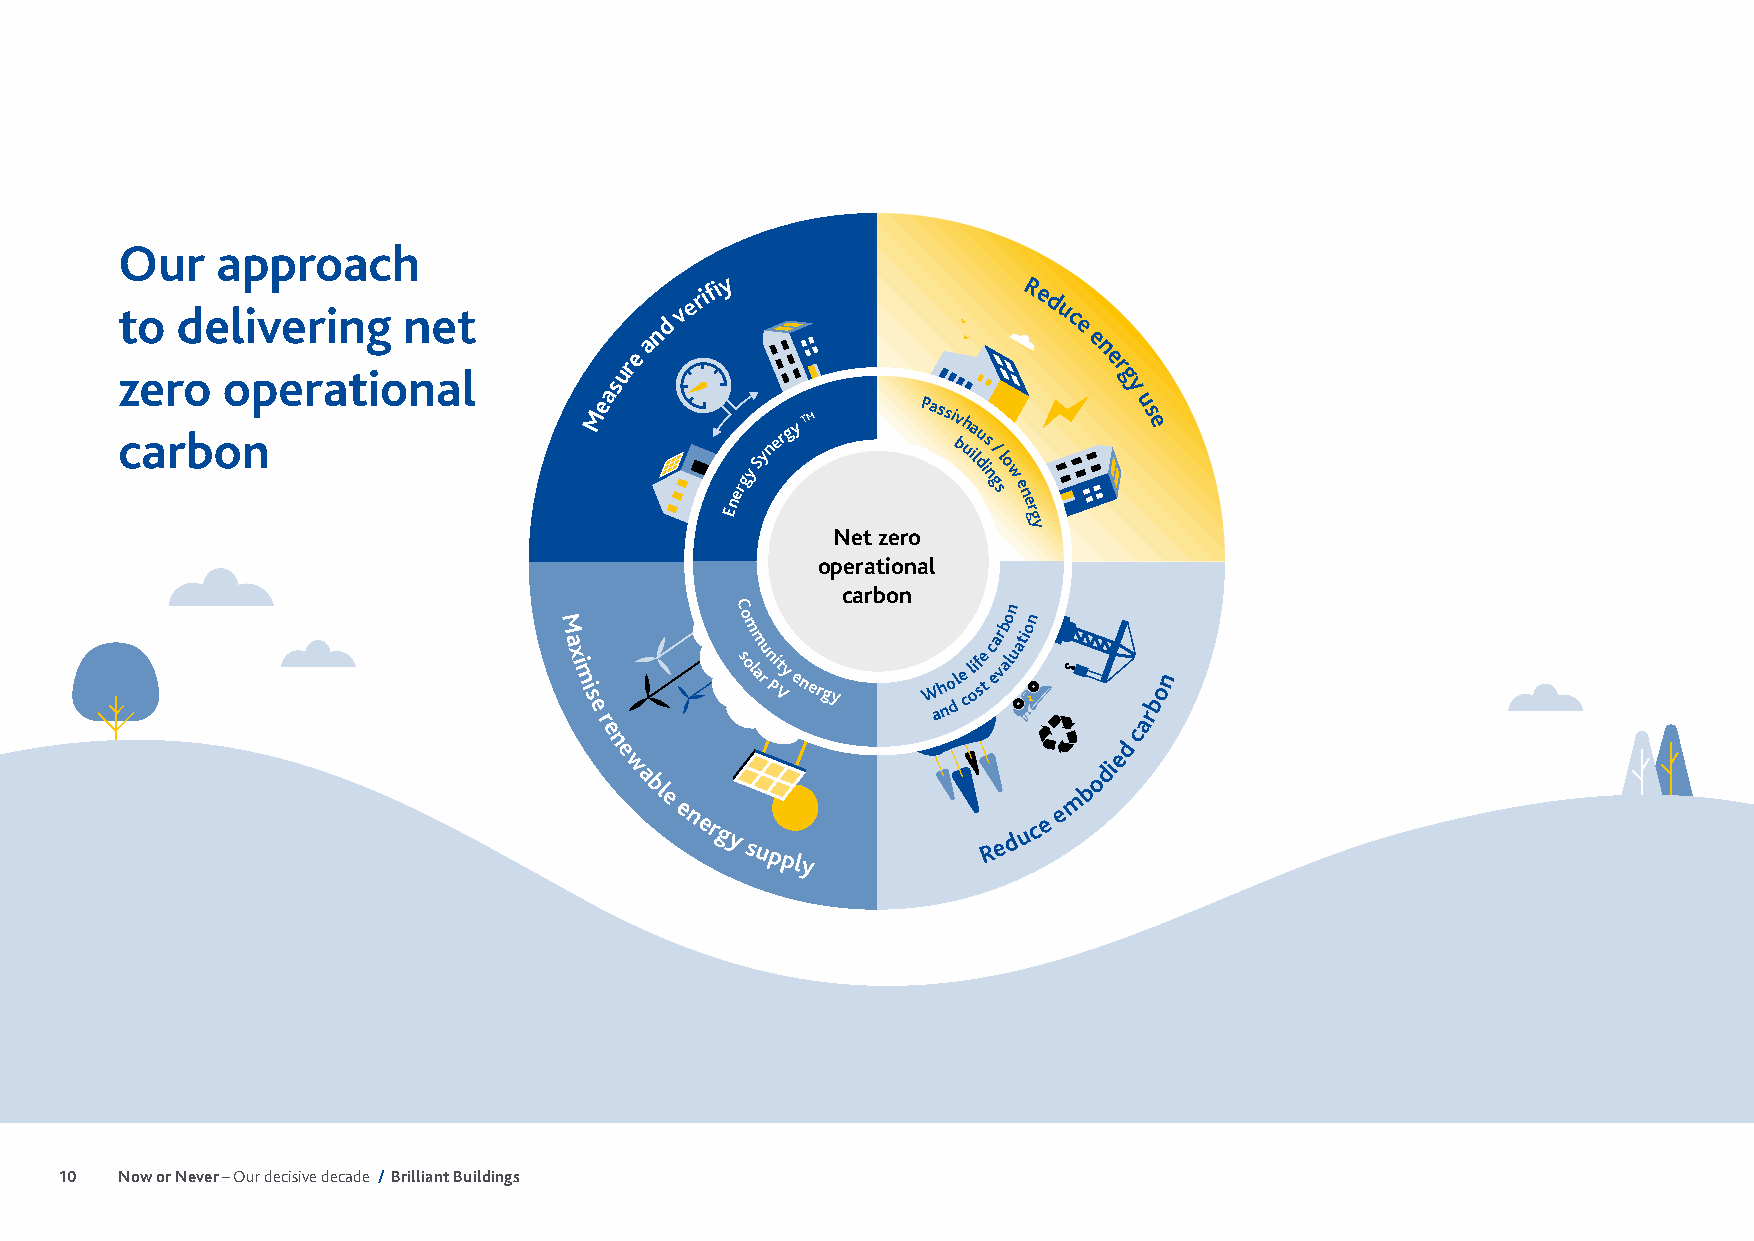
Our   approach
 y
 erifi                 R
 e
 d
 to  delivering     net               v                        u
 nd                         c e
 a                            e
 zero   operational
 sure                            n e
 r g
 a                                 y
 carbon
 Me
 Energy
 Synergy TM
 Passi
 bv uh ia
 l
 du is
 n
 g/
 s
 l
 o w
 e n
 e
 rg
 u
 s e
 Net zero     y
 operational
 carbon
 C                  n
 M
 a
 x i m i
 s
 e
 r
 so om
 lm
 aru n Pi Vty energy W ah no dl e
 c
 li of se t
 c
 ear vb ao luation
 arbon
 e                                  c
 n                                 d
 e                                e
 w                               di
 a                             o
 bl
 e                          m
 b
 e                         e
 n ergy supply       R e d u c e
 10  Now or Never – Our decisive decade / Brilliant Buildings